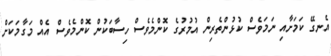
އެނގޭ ކަމަށާއި ނަމަވެސް ކުޅުންތެރިން އުމުރުގެ ކޮންމެވެސް ހިސާބަކުން ކޮންމެވެސް އެއް މަގާމަކަށް